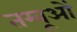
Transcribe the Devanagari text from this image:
तम्बूओं